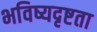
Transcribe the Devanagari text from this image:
भविष्यदृष्टता